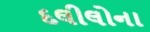
દલીલોના